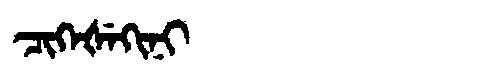
Manchu: ᠴᡳᡴᡝᡧᡝᡴᡳᠨᡳ
Romanization: CIKEŠEKINI